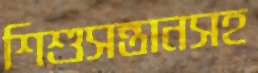
শিশুসন্তানসহ